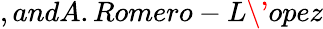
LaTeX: ,andA.Romero-L\' {o}pez